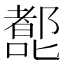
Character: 𰈷